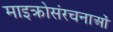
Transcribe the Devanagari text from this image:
माइक्रोसंरचनाओं